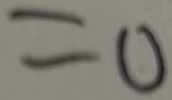
= 0